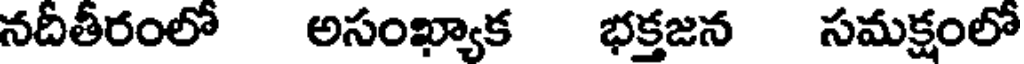
నదీతీరంలో అసంఖ్యాక భక్తజన సమక్షంలో